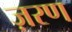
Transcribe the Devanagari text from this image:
ज़रण